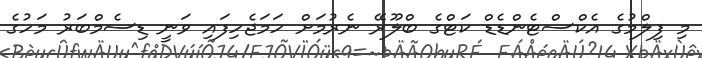
މި ފިލްމުގެ އެކްސްޓެންޑެޑް ކަޓްގެ ބްލޫރޭ ނެރުމަށް ހަމަޖެހިފައި ވަނީ ޑިސެމްބަރު މަހުގެ